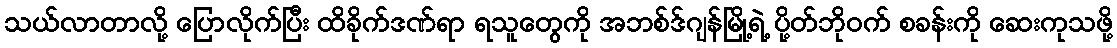
သယ်လာတာလို့ ပြောလိုက်ပြီး ထိခိုက်ဒဏ်ရာ ရသူတွေကို အဘစ်ဒ်ဂျန်မြို့ရဲ့ ပို့တ်ဘိုဝက် စခန်းကို ဆေးကုသဖို့